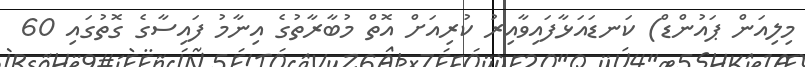
މިލިއަން ޕައުންޑް) ކަނޑައަޅާފައިވާއިރު ކުރިއަށް އޮތް މުބާރާތުގެ އިނާމު ފައިސާގެ ގޮތުގައި 60